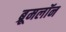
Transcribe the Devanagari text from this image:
ब्रूमलॉन